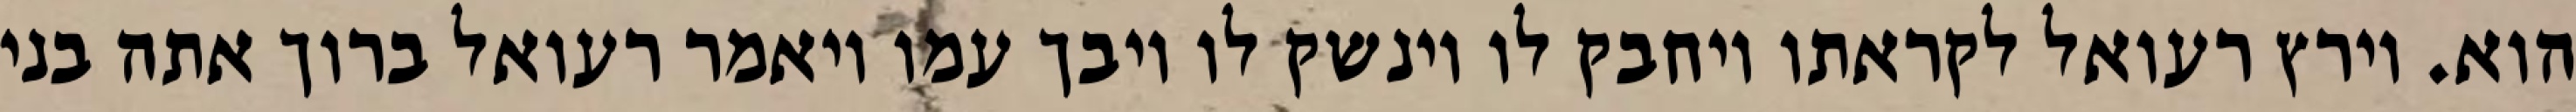
הוא. וירץ רעואל לקראתו ויחבק לו וינשק לו ויבך עמו ויאמר רעואל ברוך אתה בני